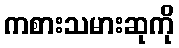
ကစားသမားဆုကို